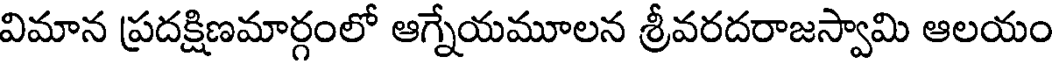
విమాన ప్రదక్షిణమార్గంలో ఆగ్నేయమూలన శ్రీవరదరాజస్వామి ఆలయం